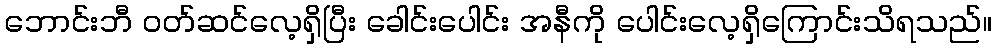
ဘောင်းဘီ ဝတ်ဆင်လေ့ရှိပြီး ခေါင်းပေါင်း အနီကို ပေါင်းလေ့ရှိကြောင်းသိရသည်။